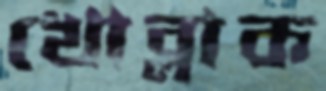
খোব্‌লাক